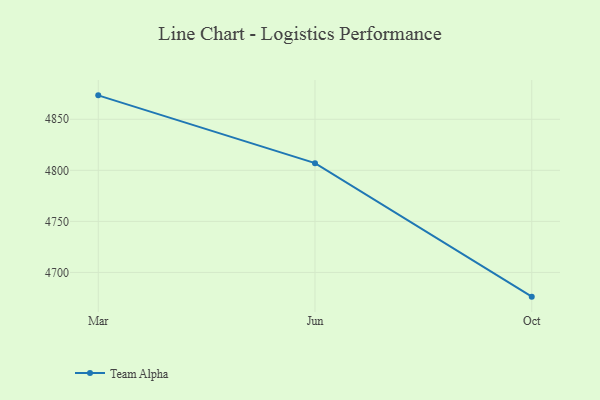
{"axis": {"x": "Month", "y": "Budget (USD K)"}, "legend": ["Team Alpha"], "data": [{"x": "Mar", "y": 4873.4, "type": "Team Alpha"}, {"x": "Jun", "y": 4807.0, "type": "Team Alpha"}, {"x": "Oct", "y": 4676.3, "type": "Team Alpha"}]}